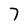
Character: 7